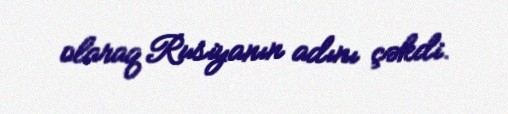
olaraq Rusiyanın adını çəkdi.